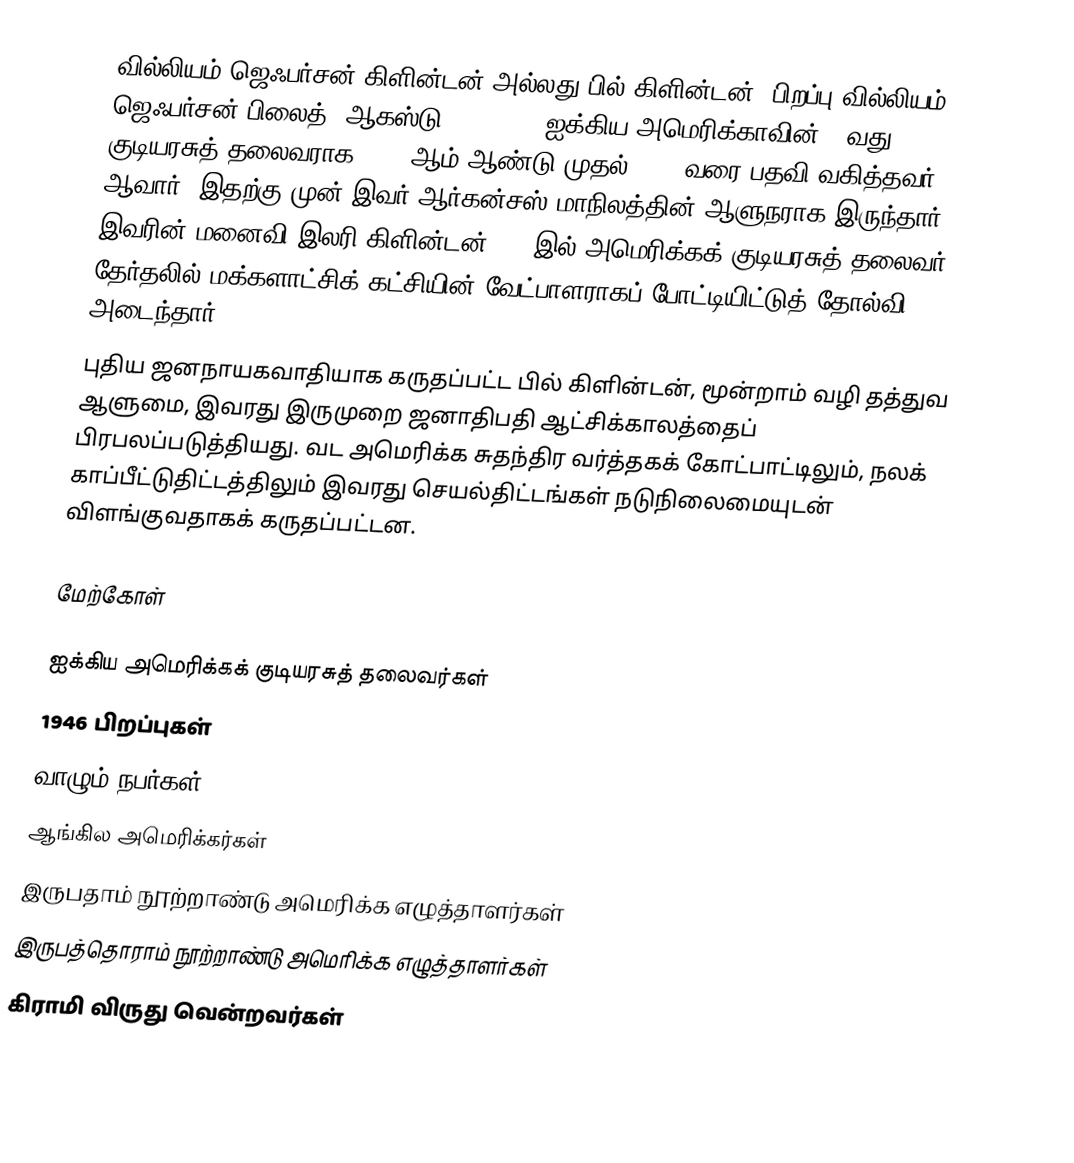
வில்லியம் ஜெஃபர்சன் கிளின்டன் அல்லது பில் கிளின்டன் (பிறப்பு வில்லியம் ஜெஃபர்சன் பிலைத், ஆகஸ்டு 19, 1946) ஐக்கிய அமெரிக்காவின் 42வது குடியரசுத் தலைவராக 1993 ஆம் ஆண்டு முதல் 2001 வரை பதவி வகித்தவர் ஆவார். இதற்கு முன் இவர் ஆர்கன்சஸ் மாநிலத்தின் ஆளுநராக இருந்தார். இவரின் மனைவி இலரி கிளின்டன் 2008இல் அமெரிக்கக் குடியரசுத் தலைவர் தேர்தலில் மக்களாட்சிக் கட்சியின் வேட்பாளராகப் போட்டியிட்டுத் தோல்வி அடைந்தார்.
புதிய ஜனநாயகவாதியாக கருதப்பட்ட பில் கிளின்டன், மூன்றாம் வழி தத்துவ ஆளுமை, இவரது இருமுறை ஜனாதிபதி ஆட்சிக்காலத்தைப் பிரபலப்படுத்தியது. வட அமெரிக்க சுதந்திர வர்த்தகக் கோட்பாட்டிலும், நலக் காப்பீட்டுதிட்டத்திலும் இவரது செயல்திட்டங்கள் நடுநிலைமையுடன் விளங்குவதாகக் கருதப்பட்டன.

மேற்கோள்

ஐக்கிய அமெரிக்கக் குடியரசுத் தலைவர்கள்
1946 பிறப்புகள்
வாழும் நபர்கள்
ஆங்கில அமெரிக்கர்கள்
இருபதாம் நூற்றாண்டு அமெரிக்க எழுத்தாளர்கள்
இருபத்தொராம் நூற்றாண்டு அமெரிக்க எழுத்தாளர்கள்
கிராமி விருது வென்றவர்கள்